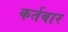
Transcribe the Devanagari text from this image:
कर्तबार